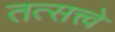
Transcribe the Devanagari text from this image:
तत्सत्त्वे